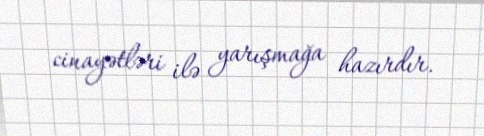
cinayətləri ilə yarışmağa hazırdır.